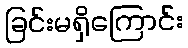
ခြင်းမရှိကြောင်း